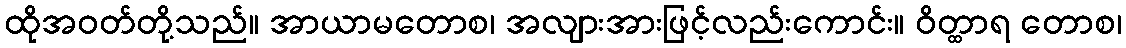
ထိုအဝတ်တို့သည်။ အာယာမတောစ၊ အလျားအားဖြင့်လည်းကောင်း။ ဝိတ္ထာရ တောစ၊